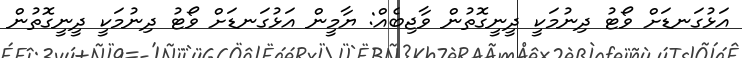
އަޅުގަނޑަށް ވޯޓު ދިނުމަކީ ދީނީގޮތުން ވާޖިބެއް: ޔާމީން އަޅުގަނޑަށް ވޯޓު ދިނުމަކީ ދީނީގޮތުން